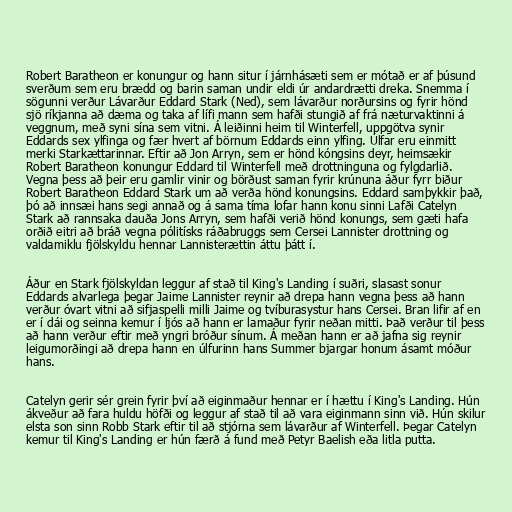
Robert Baratheon er konungur og hann situr í járnhásæti sem er mótað er af þúsund
sverðum sem eru brædd og barin saman undir eldi úr andardrætti dreka. Snemma í
sögunni verður Lávarður Eddard Stark (Ned), sem lávarður norðursins og fyrir hönd
sjö ríkjanna að dæma og taka af lífi mann sem hafði stungið af frá næturvaktinni á
veggnum, með syni sína sem vitni. Á leiðinni heim til Winterfell, uppgötva synir
Eddards sex ylfinga og fær hvert af börnum Eddards einn ylfing. Úlfar eru einmitt
merki Starkættarinnar. Eftir að Jon Arryn, sem er hönd kóngsins deyr, heimsækir
Robert Baratheon konungur Eddard til Winterfell með drottninguna og fylgdarlið.
Vegna þess að þeir eru gamlir vinir og börðust saman fyrir krúnuna áður fyrr biður
Robert Baratheon Eddard Stark um að verða hönd konungsins. Eddard samþykkir það,
þó að innsæi hans segi annað og á sama tíma lofar hann konu sinni Lafði Catelyn
Stark að rannsaka dauða Jons Arryn, sem hafði verið hönd konungs, sem gæti hafa
orðið eitri að bráð vegna pólitísks ráðabruggs sem Cersei Lannister drottning og
valdamiklu fjölskyldu hennar Lannisterættin áttu þátt í.

Áður en Stark fjölskyldan leggur af stað til King's Landing í suðri, slasast sonur
Eddards alvarlega þegar Jaime Lannister reynir að drepa hann vegna þess að hann
verður óvart vitni að sifjaspelli milli Jaime og tvíburasystur hans Cersei. Bran lifir af en
er í dái og seinna kemur í ljós að hann er lamaður fyrir neðan mitti. Það verður til þess
að hann verður eftir með yngri bróður sínum. Á meðan hann er að jafna sig reynir
leigumorðingi að drepa hann en úlfurinn hans Summer bjargar honum ásamt móður
hans.

Catelyn gerir sér grein fyrir því að eiginmaður hennar er í hættu í King's Landing. Hún
ákveður að fara huldu höfði og leggur af stað til að vara eiginmann sinn við. Hún skilur
elsta son sinn Robb Stark eftir til að stjórna sem lávarður af Winterfell. Þegar Catelyn
kemur til King's Landing er hún færð á fund með Petyr Baelish eða litla putta.